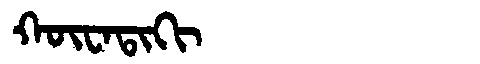
Manchu: ᡴᡡᠸᠠᡨᡳᡴᡳ
Romanization: KŪWATIKI